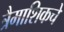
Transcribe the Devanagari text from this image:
त्रैमाशिकचे